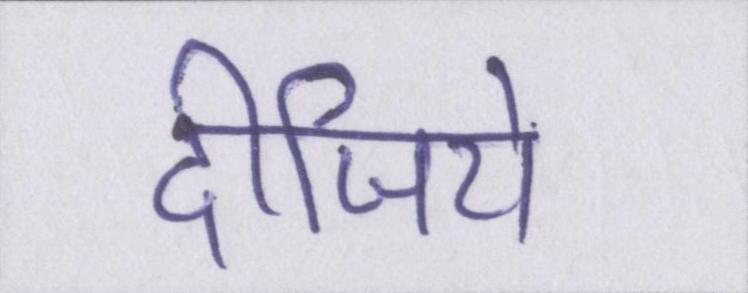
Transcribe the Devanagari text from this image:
दीजिये